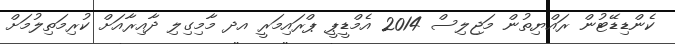
ކެންޑިޑޭޓުން ރައްޔިތުން މަޖިލިސް 2014 އެމްޑީޕީ ޕްރައިމަރީ އދ މާމިގިލި ދާއިރާއަށް ކުރިމަތިލުމަށް